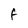
Character: f